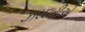
ઝરદારીએ